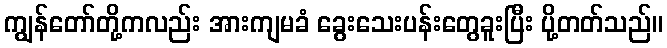
ကျွန်တော်တို့ကလည်း အားကျမခံ ခွေးသေးပန်းတွေခူးပြီး ပို့တတ်သည်။